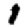
Digit: 1